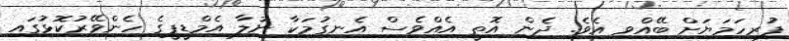
ފުރިހަމަޔަށް ބޭއްވި އެވެ. ދެން އޮތީ އެއްވެސް އެނގުމަކާ ނުލާ އެމްޑީޕީގެ ހެންވޭރުކޮޅުގައި